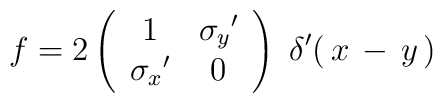
f = 2 \left( \begin{array}{cc}               1 & {\sigma_y}' \\              {\sigma_x}' & 0             \end{array} \right)\;\delta'(\,x\,-\,y\,)